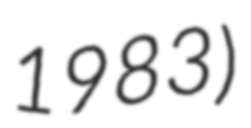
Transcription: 1983)